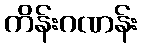
ကိန်းဂဏန်း